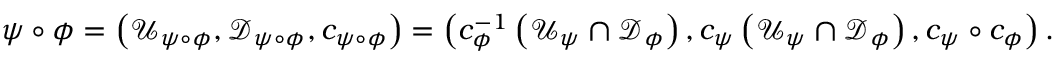
\psi \circ \phi = \left( \mathcal { U } _ { \psi \circ \phi } , \mathcal { D } _ { \psi \circ \phi } , c _ { \psi \circ \phi } \right) = \left( c _ { \phi } ^ { - 1 } \left( \mathcal { U } _ { \psi } \cap \mathcal { D } _ { \phi } \right) , c _ { \psi } \left( \mathcal { U } _ { \psi } \cap \mathcal { D } _ { \phi } \right) , c _ { \psi } \circ c _ { \phi } \right) .